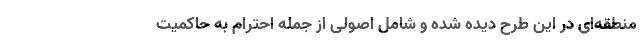
منطقه‌ای در این طرح دیده شده و شامل اصولی از جمله احترام به حاکمیت